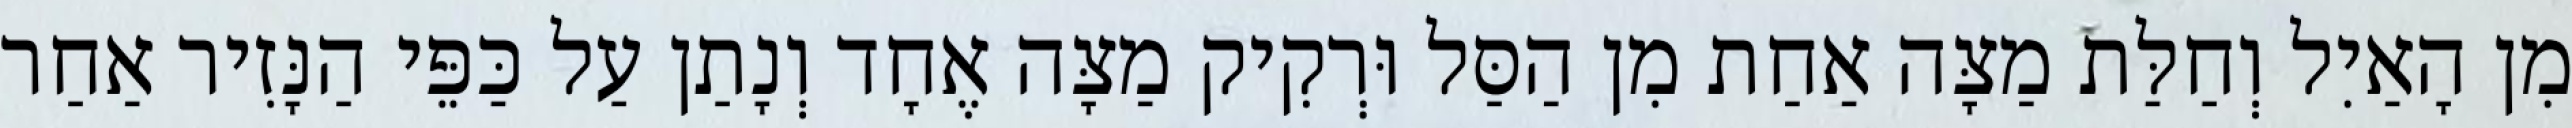
מִן הָאַיִל וְחַלַּת מַצָּה אַחַת מִן הַסַּל וּרְקִיק מַצָּה אֶחָד וְנָתַן עַל כַּפֵּי הַנָּזִיר אַחַר